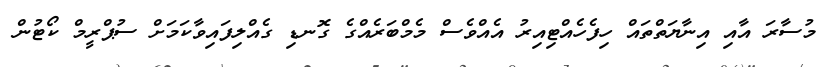
މުސާރަ އާއި އިނާޔަތްތައް ހިފެހެއްޓިއިރު އެއްވެސް މެމްބަރެއްގެ ގޮނޑި ގެއްލިފައިވާކަމަށް ސުޕްރީމް ކޯޓުން